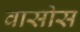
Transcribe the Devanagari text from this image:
वासोस